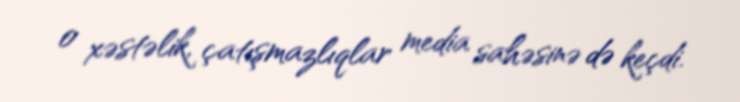
o xəstəlik, çatışmazlıqlar media sahəsinə də keçdi.